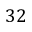
3 2